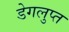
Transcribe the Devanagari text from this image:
डेगलुप्त